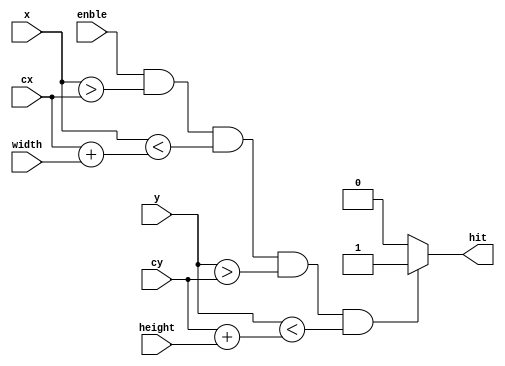
`timescale 1ns / 1ps
//////////////////////////////////////////////////////////////////////////////////
// Company: 
// Engineer: 
// 
// Design Name: 
// Module Name:    paintRect 
// Project Name: 
// Target Devices: 
// Tool versions: 
// Description: 
//
// Dependencies: 
//
// Revision: 
// Revision 0.01 - File Created
// Additional Comments: 
//
//////////////////////////////////////////////////////////////////////////////////
module paintRect(
		input enble,
		input [10:0] x, y,
		input [10:0] cx, cy,
		input [10:0] width, height,
		output reg hit
    );

always @(*)
begin
	if(enble == 1 && x > cx && x < cx + width && y > cy && y < cy + height)
		hit = 1;
	else
		hit = 0;
end

endmodule